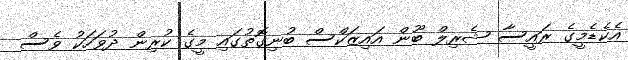
އެކެޑެމީގެ ރައީސާ ޝެރިލް ބޫން އައިޒަކްސް ބުނިގޮތުގައި މީގެ ކުރިން ދުވަހަކު ވެސް